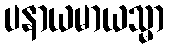
ပနာယမာယသ္မာ